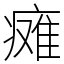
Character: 瘫